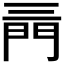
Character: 𨳔